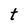
Character: t